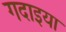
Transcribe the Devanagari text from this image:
गदाइया